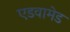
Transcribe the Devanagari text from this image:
एडवामेड